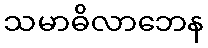
သမာဓိလာဘေန